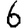
Digit: 6